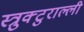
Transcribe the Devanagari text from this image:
स्त्रुक्टुराल्ली